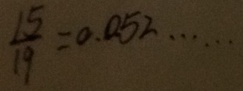
\frac { 1 5 } { 1 9 } = 0 . 0 5 2 \cdots